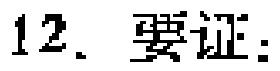
12. 要证：